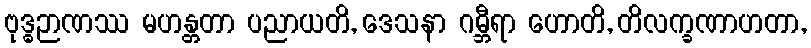
ဗုဒ္ဓဉာဏဿ မဟန္တတာ ပညာယတိ, ဒေသနာ ဂမ္ဘီရာ ဟောတိ, တိလက္ခဏာဟတာ,